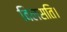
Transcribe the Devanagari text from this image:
विलसति।